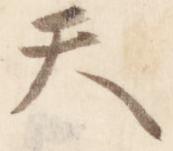
天